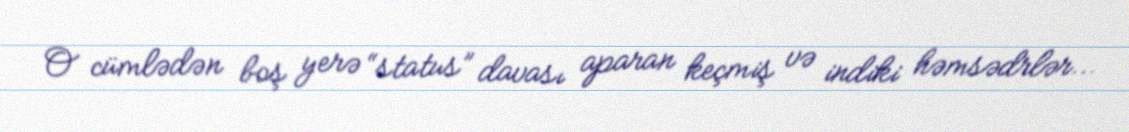
O cümlədən boş yerə “status” davası aparan keçmiş və indiki həmsədrlər...